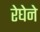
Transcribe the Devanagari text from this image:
रेघेने